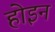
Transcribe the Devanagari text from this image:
होइन